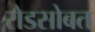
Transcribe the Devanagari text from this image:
रोडसोबत